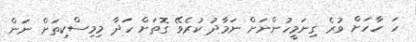
ހަ ހާހަށް ވުރެ ގިނަމީހުންނަށް ނަމާދު ކުރެވޭ ގޮތަށް ހަދާ މިމިސްކިތަށް ނަން